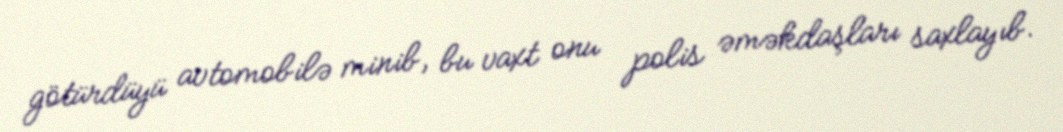
götürdüyü avtomobilə minib, bu vaxt onu polis əməkdaşları saxlayıb.